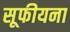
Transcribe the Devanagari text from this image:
सूफीयना